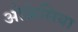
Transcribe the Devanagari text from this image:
ओफ्रेसिया